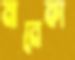
মানেকা